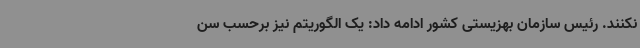
نکنند. رئیس سازمان بهزیستی کشور ادامه داد: یک الگوریتم نیز برحسب سن